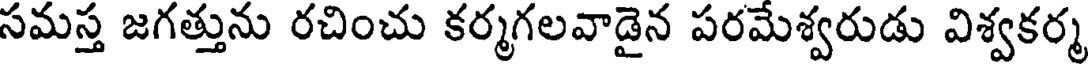
సమస్త జగత్తును రచించు కర్మగలవాడైన పరమేశ్వరుడు విశ్వకర్మ